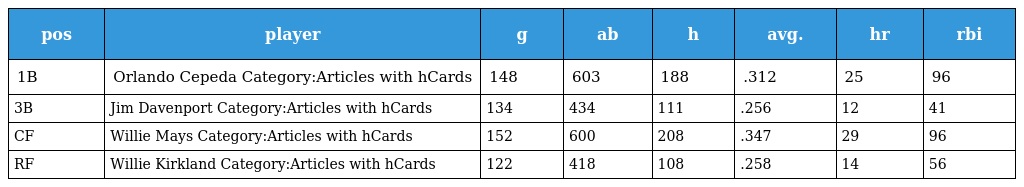
| pos | player | g | ab | h | avg. | hr | rbi |
 | --- | --- | --- | --- | --- | --- | --- | --- |
 | 1B | Orlando Cepeda Category:Articles with hCards | 148 | 603 | 188 | .312 | 25 | 96 |
 | 3B | Jim Davenport Category:Articles with hCards | 134 | 434 | 111 | .256 | 12 | 41 |
 | CF | Willie Mays Category:Articles with hCards | 152 | 600 | 208 | .347 | 29 | 96 |
 | RF | Willie Kirkland Category:Articles with hCards | 122 | 418 | 108 | .258 | 14 | 56 |